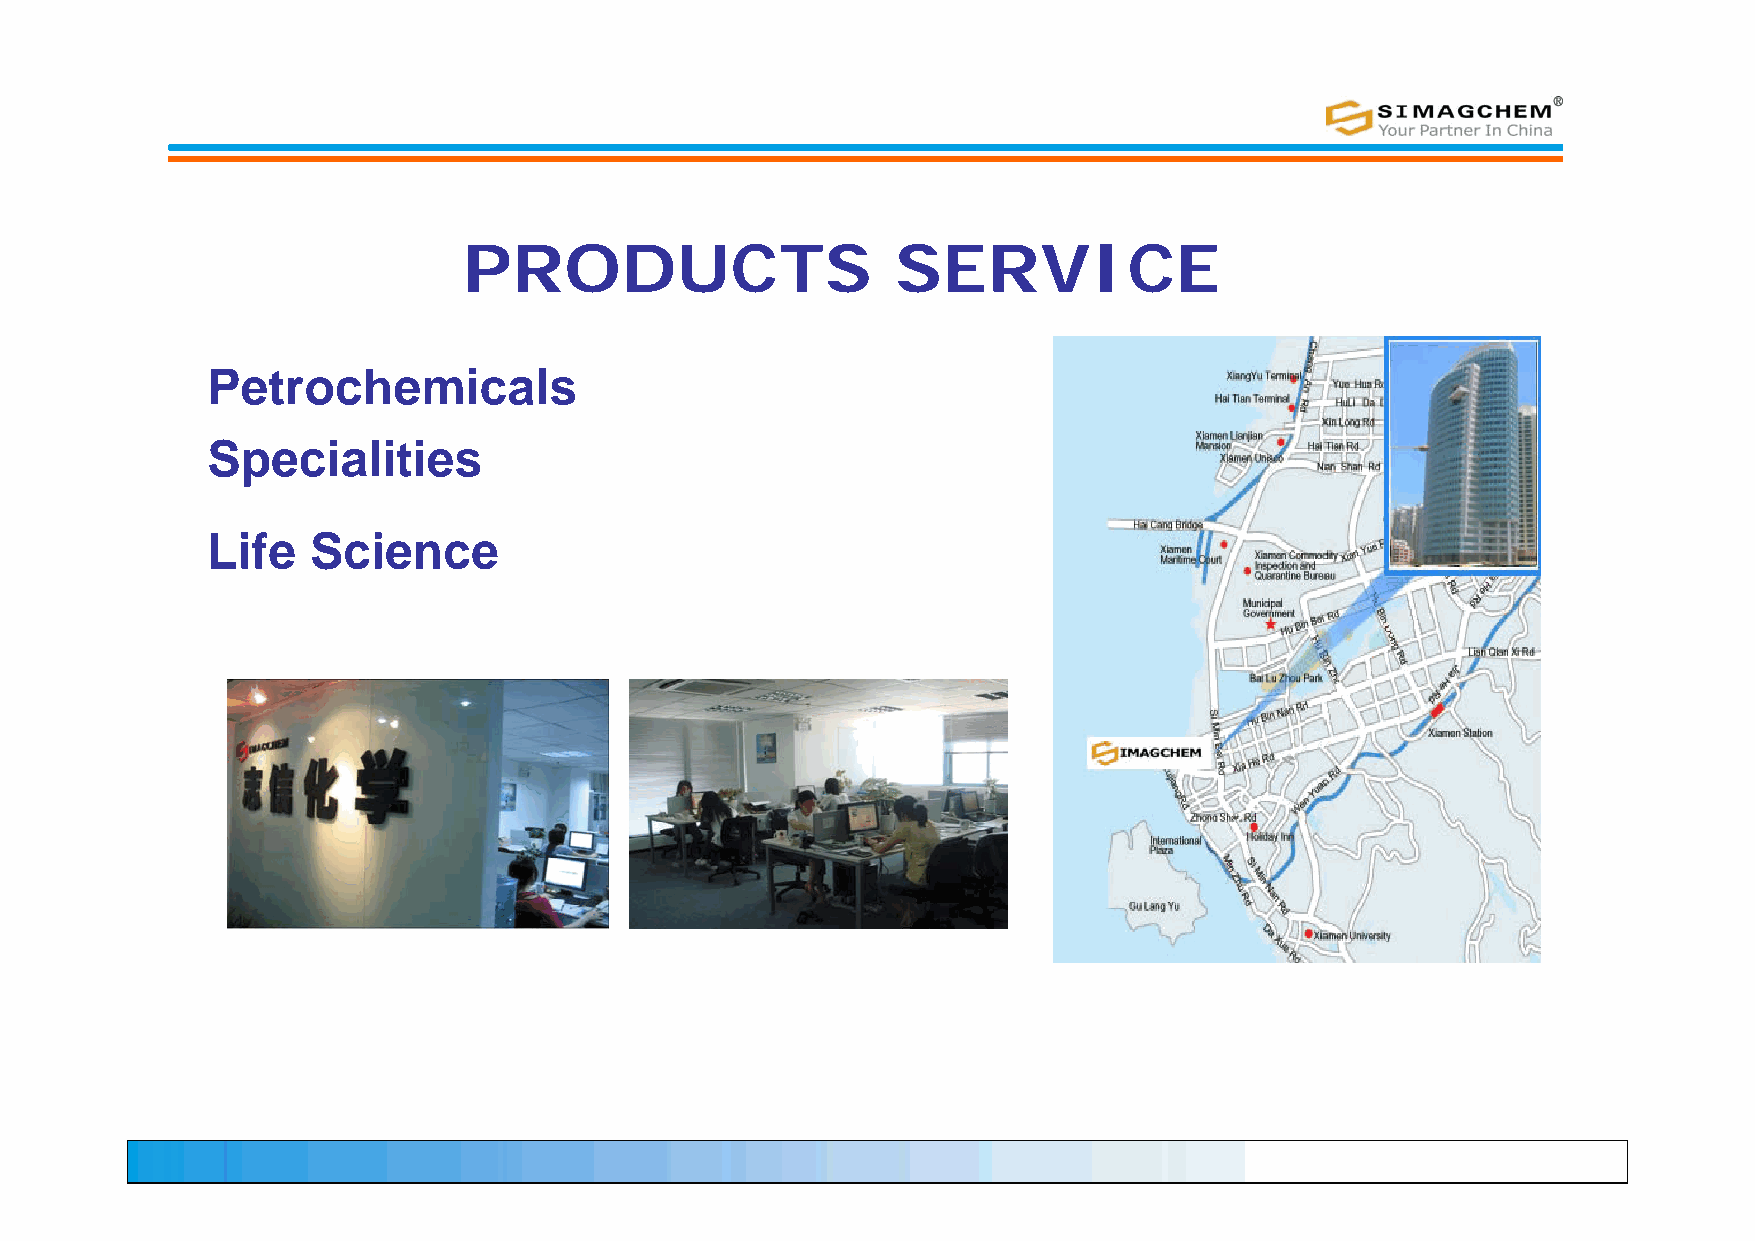
PRODUCTS                    SERVICE
 Petrochemicals
 Specialities
 Life   Science